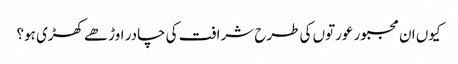
کیوں ان مجبور عورتوں کی طرح شرافت کی چادر اوڑھے کھڑی ہو؟